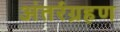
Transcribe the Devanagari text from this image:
अंतर्रग्रहण